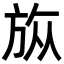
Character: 𣃨